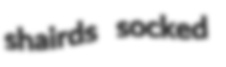
shairds socked